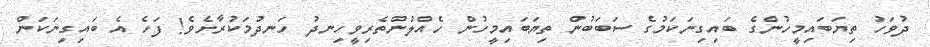
ދުވަހު ތިޔަބައިމީހުންގެ ބައިގިނަކަމުގެ ސަބަބުން ތިޔަބައިމީހުން ހެއްލުންތެރިވީހިނދު ހަނދުމަކުރާށެވެ! ފަހެ އެ ބައިގިނަކަން